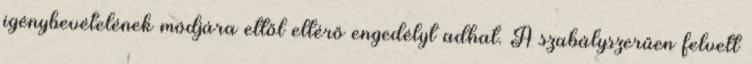
igénybevételének módjára ettől eltérő engedélyt adhat. A szabályszerűen felvett